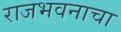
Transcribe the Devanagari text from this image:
राजभवनाचा